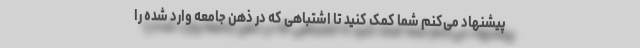
پیشنهاد می‌کنم شما کمک کنید تا اشتباهی که در ذهن جامعه وارد شده را